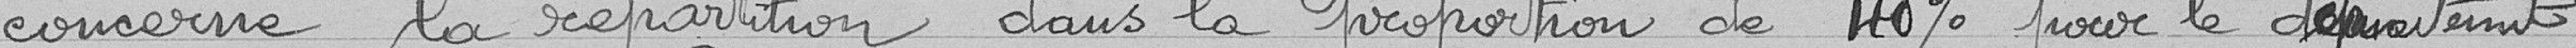
concerne la répartitiopn dans la proportion de 40% pour le département